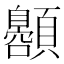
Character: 𱂞